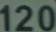
120